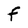
Character: f